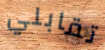
تقابلي